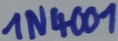
Text: 1N4001